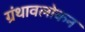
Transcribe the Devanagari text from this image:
ग्रंथावलोकन